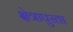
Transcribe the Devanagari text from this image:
क्षेत्रापुरता